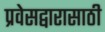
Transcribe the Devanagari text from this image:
प्रवेसद्वारासाठी